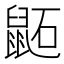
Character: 鼫